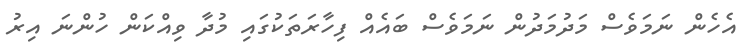
އެހެން ނަމަވެސް މަދުމަދުން ނަމަވެސް ބައެއް ފިހާރަތަކުގައި މުދާ ވިއްކަން ހުންނަ އިރު